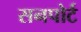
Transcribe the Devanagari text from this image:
सनपोर्ट